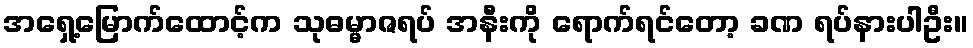
အရှေ့မြောက်ထောင့်က သုဓမ္မာဇရပ် အနီးကို ရောက်ရင်တော့ ခဏ ရပ်နားပါဦး။